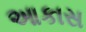
આકાસ